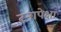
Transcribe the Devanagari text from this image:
टनापेक्षा